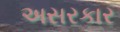
અસરકાર